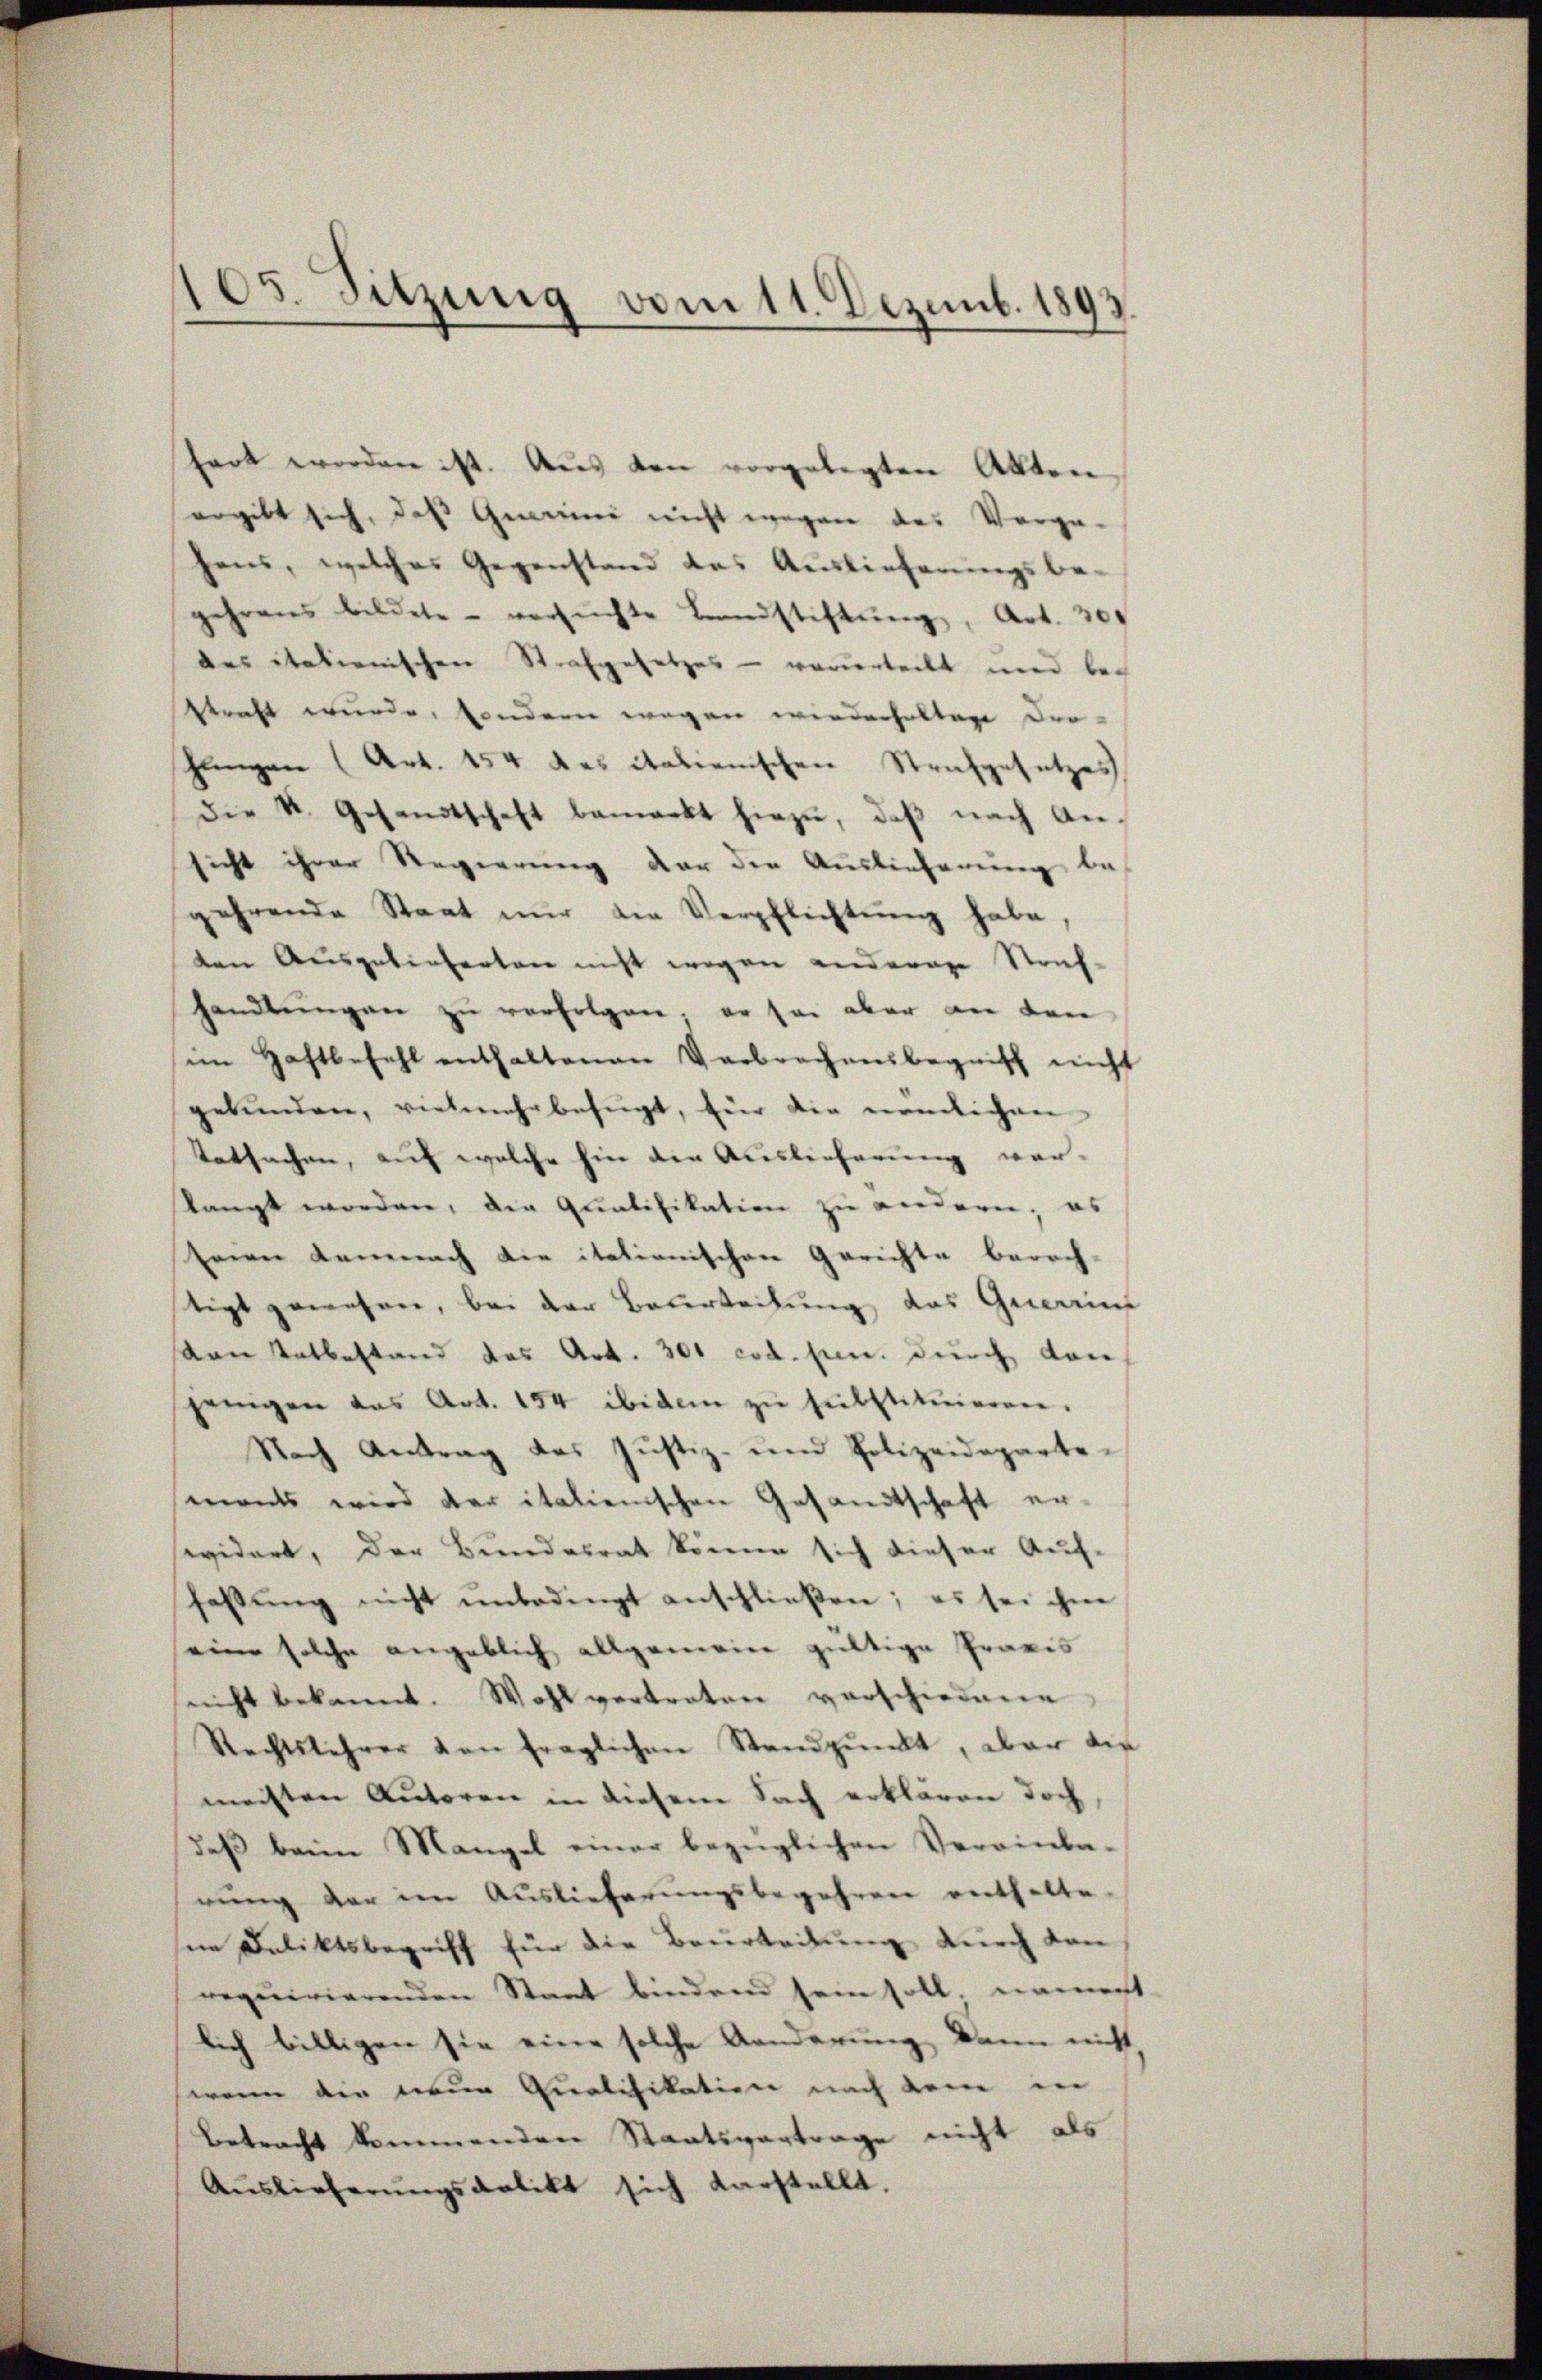
105. Sitzung vom 11. Dezemb. 1893.

hart worden ist. Aŭs den vorgelegten Akten,
ergibt sich, das Gemeiner nicht wegen des Vorga-
hens, welches Gegenstand des Auslieferungsbe-
gehrens bildete - versuchte Brandstiftŭng, Art. 300
das italienischen Strafgesetzes - verurteilt und be-
straft wurde, sondern wegen wiederhalten Dro-
Jungen (Art. 154 des italienischen Strafgesetzes
die k. Gesandtschaft bemerkt hiezŭ, daβ nach An-
sicht ihrer Regierung der die Auslieferung be-
gehrende Staat nŭr die Verpflichtŭng habe,
ten Ausgelieferten nicht wegen anderen Straf-
handlŭngen zu verfolgen. Er sei aber an den
im Haftbefehl enthaltenen Verbrechensbegriff nicht
gebŭnden, vielmehr befugt, für die nemlichen
tatsachen, auf welche hier die Auslieferung war-
stanzt worden, die Qualifikation zu andern; es
seien Kemnach die italienischen Gerichte berech-
tigt gewesen, bei der Beurteilung des Gemeint
van Tatbestand das Art. 301 cod. sen. durch dan
jenigen das Art. 154 ibidem zŭ substitŭieren.
Nach Antrag das Justiz- und Polizeidepartemants wird der italienischen Gesandtschaft er-
evidert, der Bundesrat könne sich dieser Auf-
fassŭng nicht unbedingt anschließen; es sei ihne
seine solche angeblich allgemein gültige Praxis
nicht bekannt. Wohlvertreten verschiedene
Rechtslehrer von fraglichen Standpŭnkt, aber die
meisten Autoren in diesem Sach erklären doch
deβ beim Mangel einer bezüglichen Vereinba-
rung der im Auslieferungsbegehren enthalte-
in Deliktsbegriff für die Beurteilung durch den
requirierenden Staat bindend sein soll. nament
lich billigen sie eine solche Aenderung dann nicht,
wenn die neue Qualifikation nach dene in
Betracht kommenden Staatsvertrage nicht als
Aŭslieferŭngskalikt sich darstellt.